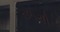
તળથી